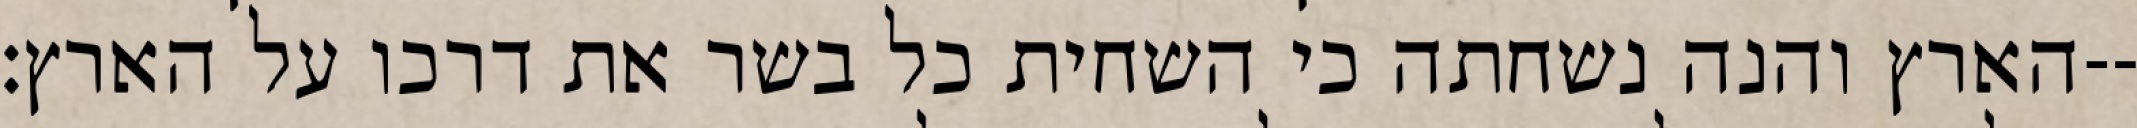
הארץ והנה נשחתה כי השחית כל בשר את דרכו על הארץ׃--